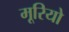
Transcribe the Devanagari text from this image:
मूरियो